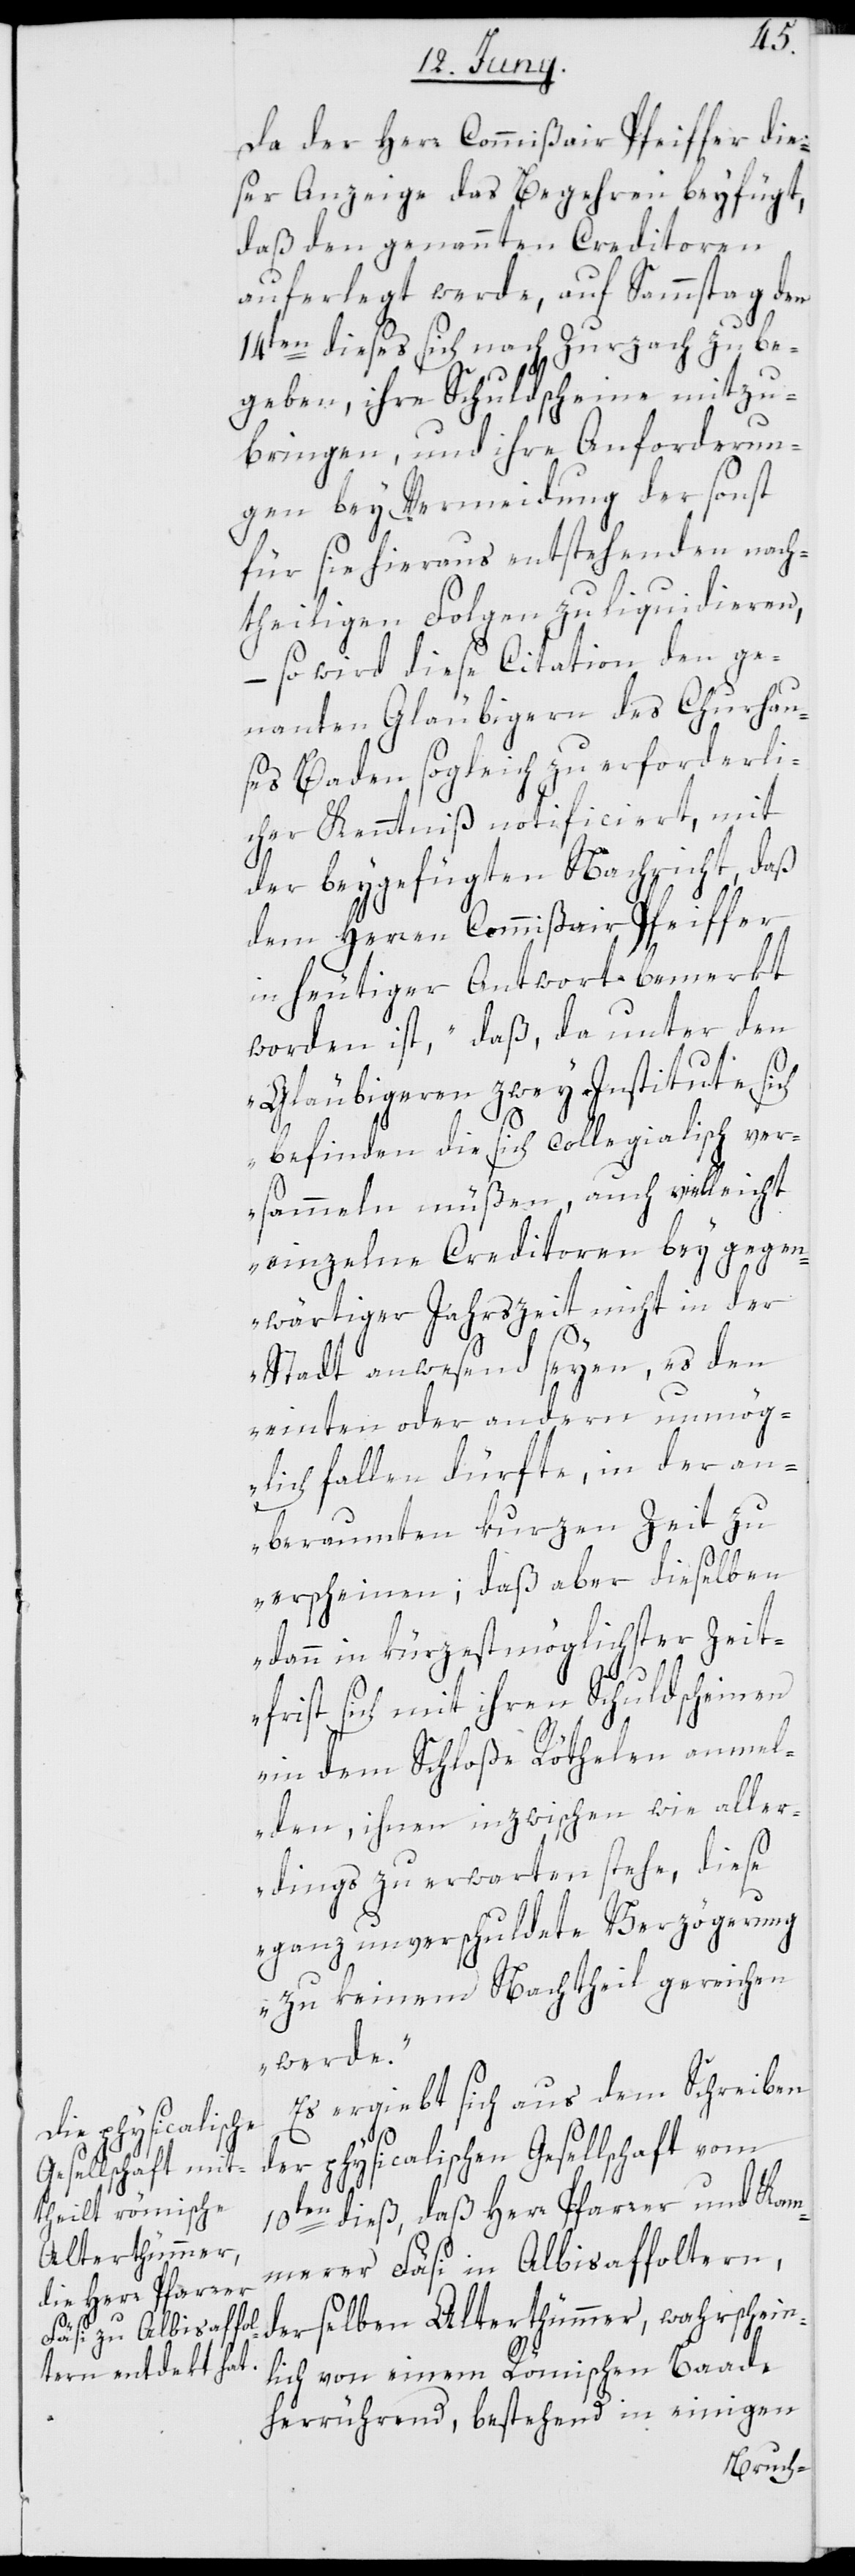
Da der Herr Commißair Pfeiffer die¬
ser Anzeige das Begehren beyfügt,
daß den genannten Creditoren
auferlegt werde, auf Sammstag den
14ten dieses sich nach Zurzach zu be¬
geben, ihre Schuldscheine mitzu¬
bringen, und ihre Anforderun¬
gen bey Vermeidung der sonst
für sie hieraus entstehenden nach¬
theiligen Folgen zu liquidieren,
– so wird diese Citation den ge¬
nannten Gläubigern des Churhau¬
ses Baden sogleich zu erforderli¬
cher Kenntniß notificiert, mit
der beygefügten Nachricht, daß
dem Herren Commißair Pfeiffer
in heutiger Antwort bemerkt
worden ist, „daß, da unter den
Gläubigeren zwey Institute sich
befinden die sich collegialisch ver¬
sammeln müßen, auch vielleicht
einzelne Creditoren bey gegen¬
wärtiger Jahrszeit nicht in der
Stadt anwesend seyen, es den
einten oder andern unmög¬
lich fallen dürfte, in der an¬
beraumten kurzen Zeit zu
erscheinen; daß aber dieselben
dann in kürzest möglichster Zeit¬
frist sich mit ihren Schuldscheinen
in dem Schloße Röthelen anmel¬
den, ihnen inzwischen, wie aller¬
dings zu erwarten stehe, diese
ganz unverschuldete Verzögerung
zu keinem Nachtheil gereichen
werde.“
Es ergiebt sich aus dem Schreiben
der physicalischen Gesellschaft vom
10ten dieß, daß Herr Pfarrer und Kam¬
merer Fäsi in Albisaffoltern,
derselben Alterthümmer, wahrschein¬
lich von einem Römischen Baade
herrührend, bestehend in einigen